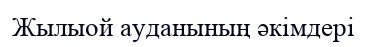
Жылыой ауданының әкімдері